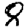
Digit: 8